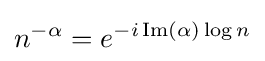
n^{-\alpha }=e^{-i\operatorname {Im} (\alpha )\log n}